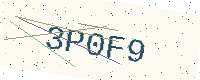
Text: 3P0F9